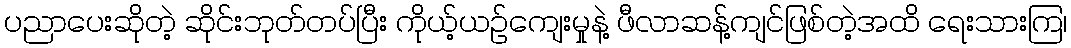
ပညာပေးဆိုတဲ့ ဆိုင်းဘုတ်တပ်ပြီး ကိုယ့်ယဉ်ကျေးမှုနဲ့ ဖီလာဆန့်ကျင်ဖြစ်တဲ့အထိ ရေးသားကြ၊